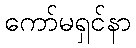
ကော်မရှင်နာ